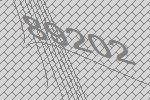
89202